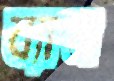
য্যান